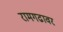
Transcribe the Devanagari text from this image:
रामगढावर